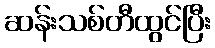
ဆန်းသစ်တီထွင်ပြီး